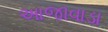
આજાવાડા